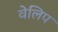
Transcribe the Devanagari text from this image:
वेलिप